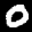
Label: 0